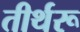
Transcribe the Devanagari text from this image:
तीर्थरू